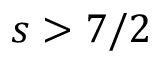
s > { 7 / 2 }